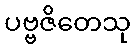
ပဗ္ဗဇိတေသု